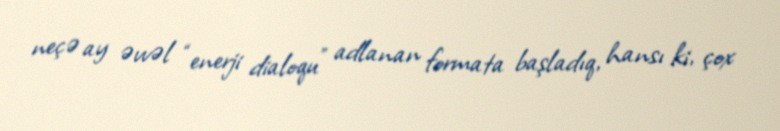
neçə ay əvvəl “enerji dialoqu” adlanan formata başladıq, hansı ki, çox